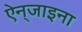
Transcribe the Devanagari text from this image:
ऐन्‌जाइना